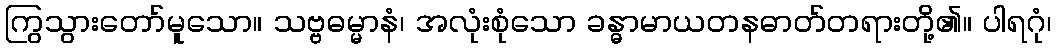
ကြွသွားတော်မူသော။ သဗ္ဗဓမ္မာနံ၊ အလုံးစုံသော ခန္ဓာမာယတနဓာတ်တရားတို့၏။ ပါရဂုံ၊